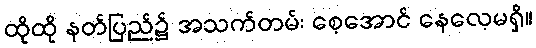
ထိုထို နတ်ပြည်၌ အသက်တမ်း စေ့အောင် နေလေ့မရှိ။